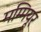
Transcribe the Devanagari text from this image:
मम्मियूर